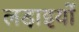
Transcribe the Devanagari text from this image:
लडा़इयों